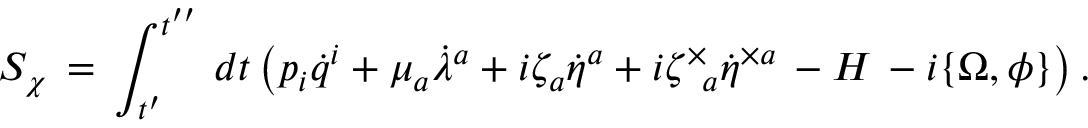
S _ { \chi } \, = \, \int _ { t ^ { \prime } } ^ { t ^ { \prime \prime } } \, d t \left( p _ { i } \dot { q } ^ { i } + \mu _ { a } \dot { \lambda } ^ { a } + i \zeta _ { a } \dot { \eta } ^ { a } + i \zeta ^ { \times } { \! } _ { a } \dot { \eta } ^ { \times a } \, - H \, - i \{ \Omega , \phi \} \right) .